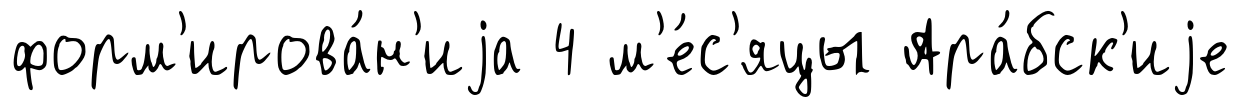
форм'ирова́н'иjа 4 м'е́с'яцы Ара́бск'иjе